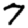
Digit: 7